Elephants and their diseases
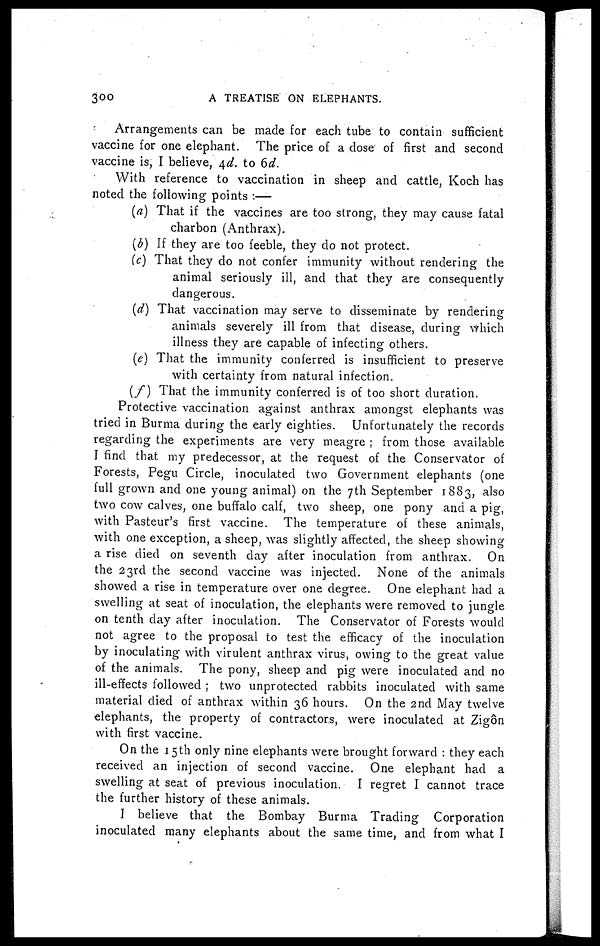
300
A TREATISE ON ELEPHANTS.
Arrangements can be made for each tube to contain sufficient
vaccine for one elephant. The price of a close of first and second
vaccine is, I believe, 4d. to 6d.
With reference to vaccination in sheep and cattle, Koch has
noted the following points :—
(a) That if the vaccines are too strong, they may cause fatal
charbon (Anthrax).
(b) If they are too feeble, they do not protect.
(c) That they do not confer immunity without rendering the
animal seriously ill, and that they are consequently
dangerous.
(d) That vaccination may serve to disseminate by rendering
animals severely ill from that disease, during which
illness they are capable of infecting others.
(e) That the immunity conferred is insufficient to preserve
with certainty from natural infection.
(f ) That the immunity conferred is of too short duration.
Protective vaccination against anthrax amongst elephants was
tried in Burma during the early eighties. Unfortunately the records
regarding the experiments are very meagre ; from those available
I find that my predecessor, at the request of the Conservator of
Forests, Pegu Circle, inoculated two Government elephants (one
full grown and one young animal) on the 7th September 1883, also
two cow calves, one buffalo calf, two sheep, one pony and a pig,
with Pasteur's first vaccine. The temperature of these animals,
with one exception, a sheep, was slightly affected, the sheep showing
a rise died on seventh day after inoculation from anthrax. On
the 23rd the second vaccine was injected. None of the animals
showed a rise in temperature over one degree. One elephant had a
swelling at seat of inoculation, the elephants were removed to jungle
on tenth day after inoculation. The Conservator of Forests would
not agree to the proposal to test the efficacy of the inoculation
by inoculating with virulent anthrax virus, owing to the great value
of the animals. The pony, sheep and pig were inoculated and no
ill-effects followed ; two unprotected rabbits inoculated with same
material died of anthrax within 36 hours. On the 2nd May twelve
elephants, the property of contractors, were inoculated at Zigôn
with first vaccine.
On the 15th only nine elephants were brought forward : they each
received an injection of second vaccine. One elephant had a
swelling at seat of previous inoculation. I regret I cannot trace
the further history of these animals.
I believe that the Bombay Burma Trading Corporation
inoculated many elephants about the same time, and from what I